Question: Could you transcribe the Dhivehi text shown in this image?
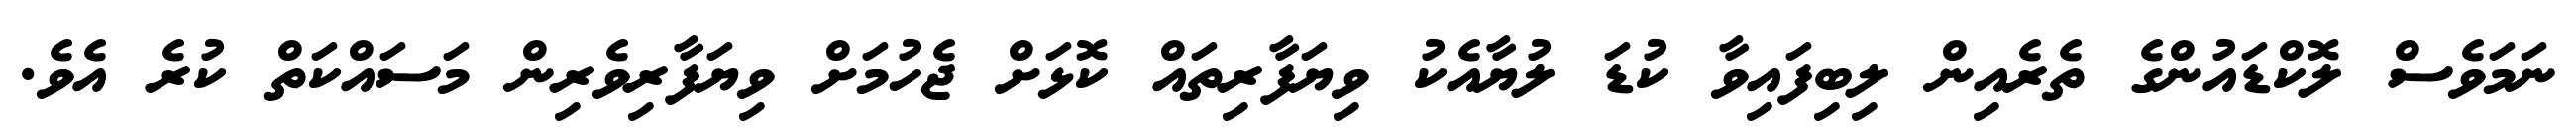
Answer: ނަމަވެސް ލޮކްޑައުންގެ ތެރެއިން ލިބިފައިވާ ކުޑަ ލުޔާއެކު ވިޔަފާރިތައް ކޮޅަށް ޖެހުމަށް ވިޔަފާރިވެރިން މަސައްކަތް ކުރެ އެވެ.